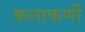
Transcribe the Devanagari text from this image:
कलाकर्णी